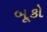
બૂકો